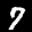
Label: 7